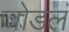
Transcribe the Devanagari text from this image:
जोडलं